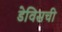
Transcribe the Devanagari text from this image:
डेविसची